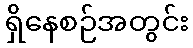
ရှိနေစဉ်အတွင်း